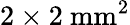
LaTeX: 2\times 2~\mathrm{mm^{2}}